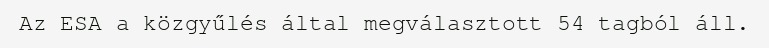
Az ESA a közgyűlés által megválasztott 54 tagból áll.